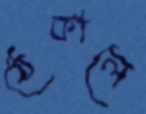
ঠেকালে